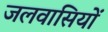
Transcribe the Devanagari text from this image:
जलवासियों